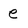
Character: e